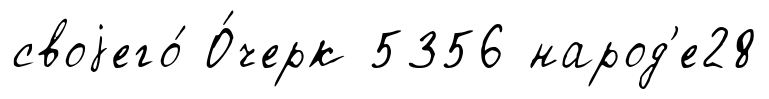
своjего́ О́черк 5356 народ'е28